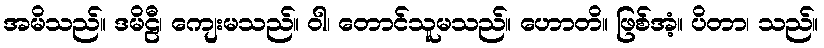
အမိသည်။ ဒမိဠီ၊ ကျေးမသည်။ ဝါ၊ တောင်သူမသည်။ ဟောတိ။ ဖြစ်အံ့။ ပိတာ၊ သည်။